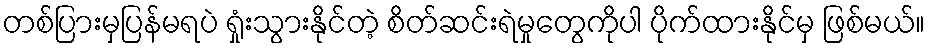
တစ်ပြားမှပြန်မရပဲ ရှုံးသွားနိုင်တဲ့ စိတ်ဆင်းရဲမှုတွေကိုပါ ပိုက်ထားနိုင်မှ ဖြစ်မယ်။